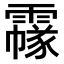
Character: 𩅲